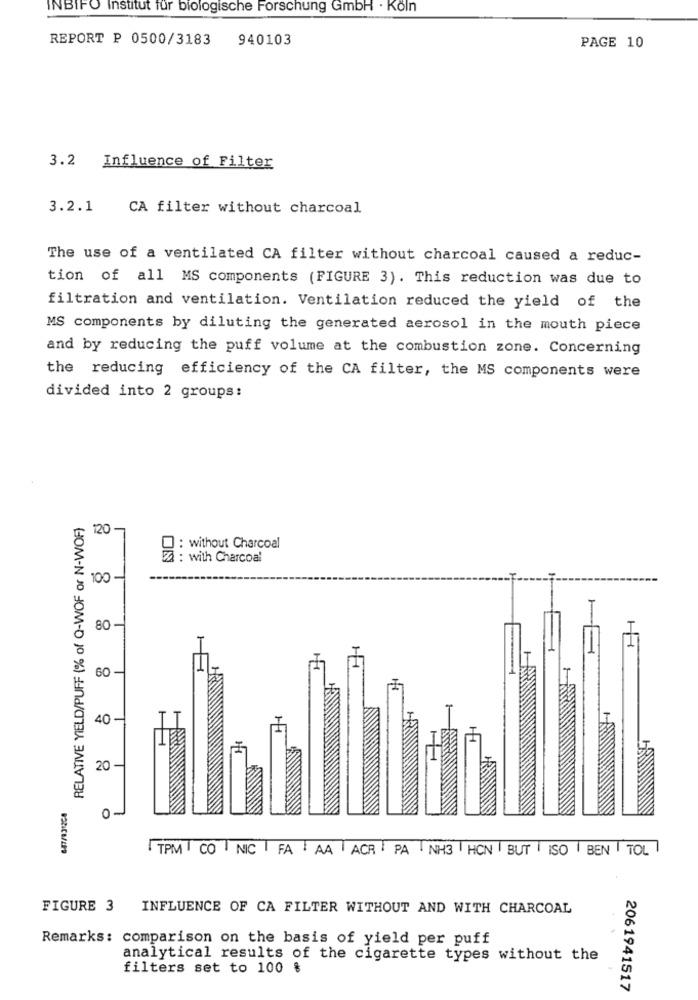
INBIFO Institut fur biologische Forschung GmbH . Koln
REPORT P 0500/3183
940103
PAGE 10
3.2 Influence of Filter
3.2.1
CA filter without charcoal
The use of a ventilated CA filter without charcoal caused a reduc-
tion of all MS components (FIGURE 3). This reduction was due to
filtration and ventilation. Ventilation reduced the yield of the
MS components by diluting the generated aerosol in the mouth piece
and by reducing the puff volume at the combustion zone. Concerning
the reducing efficiency of the CA filter, the MS components were
divided into 2 groups:
RELATIVE YIELD/PUFF (% of Q-WOF or N-WOF)
120
O : without Charcoal
: with Charcoal
100-
80-
60
40-
20 -
0 -
TPM | CO NIC FA AA ACR . PA NH3 HCN BUT | ISO BEN TOL
FIGURE 3
INFLUENCE OF CA FILTER WITHOUT AND WITH CHARCOAL
Remarks: comparison on the basis of yield per puff
analytical results of the cigarette types without the
filters set to 100 %
2061941517